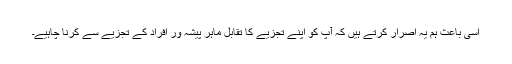
اسی باعث ہم یہ اصرار کرتے ہیں کہ آپ کو اپنے تجزیے کا تقابل ماہر پیشہ ور افراد کے تجزیے سے کرنا چاہیے۔